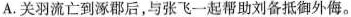
A.关羽流亡到逐郡后,与张飞一起帮助刘备抵御外侮。